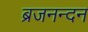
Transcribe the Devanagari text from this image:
ब्रजनन्दन